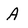
Character: A